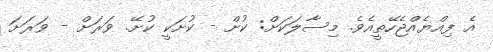
އެ ފިއްޔެއްޖެހޭތީއެވެ. މިސާލަކަށް: ކުށް - ކުށަކީ ކުށޭ. ވަރަށް - ވަރަށަ